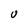
Character: U